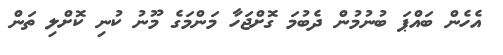
އެހެން ބައްޕަ ބުނުމުން ދެބުމަ ގޮށްޖަހާ މަންމަގެ މޫނު ކުނި ކޮށްލި ތަން